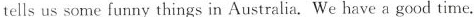
tells us some funny things in Australia.We have a good time.